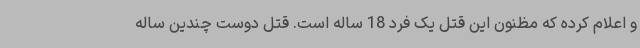
و اعلام کرده که مظنون این قتل یک فرد 18 ساله است. قتل دوست چندین ساله